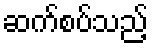
ဆက်စပ်သည့်